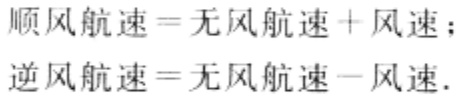
顺风航速=无风航速+风速；
逆风航速=无风航速-风速.